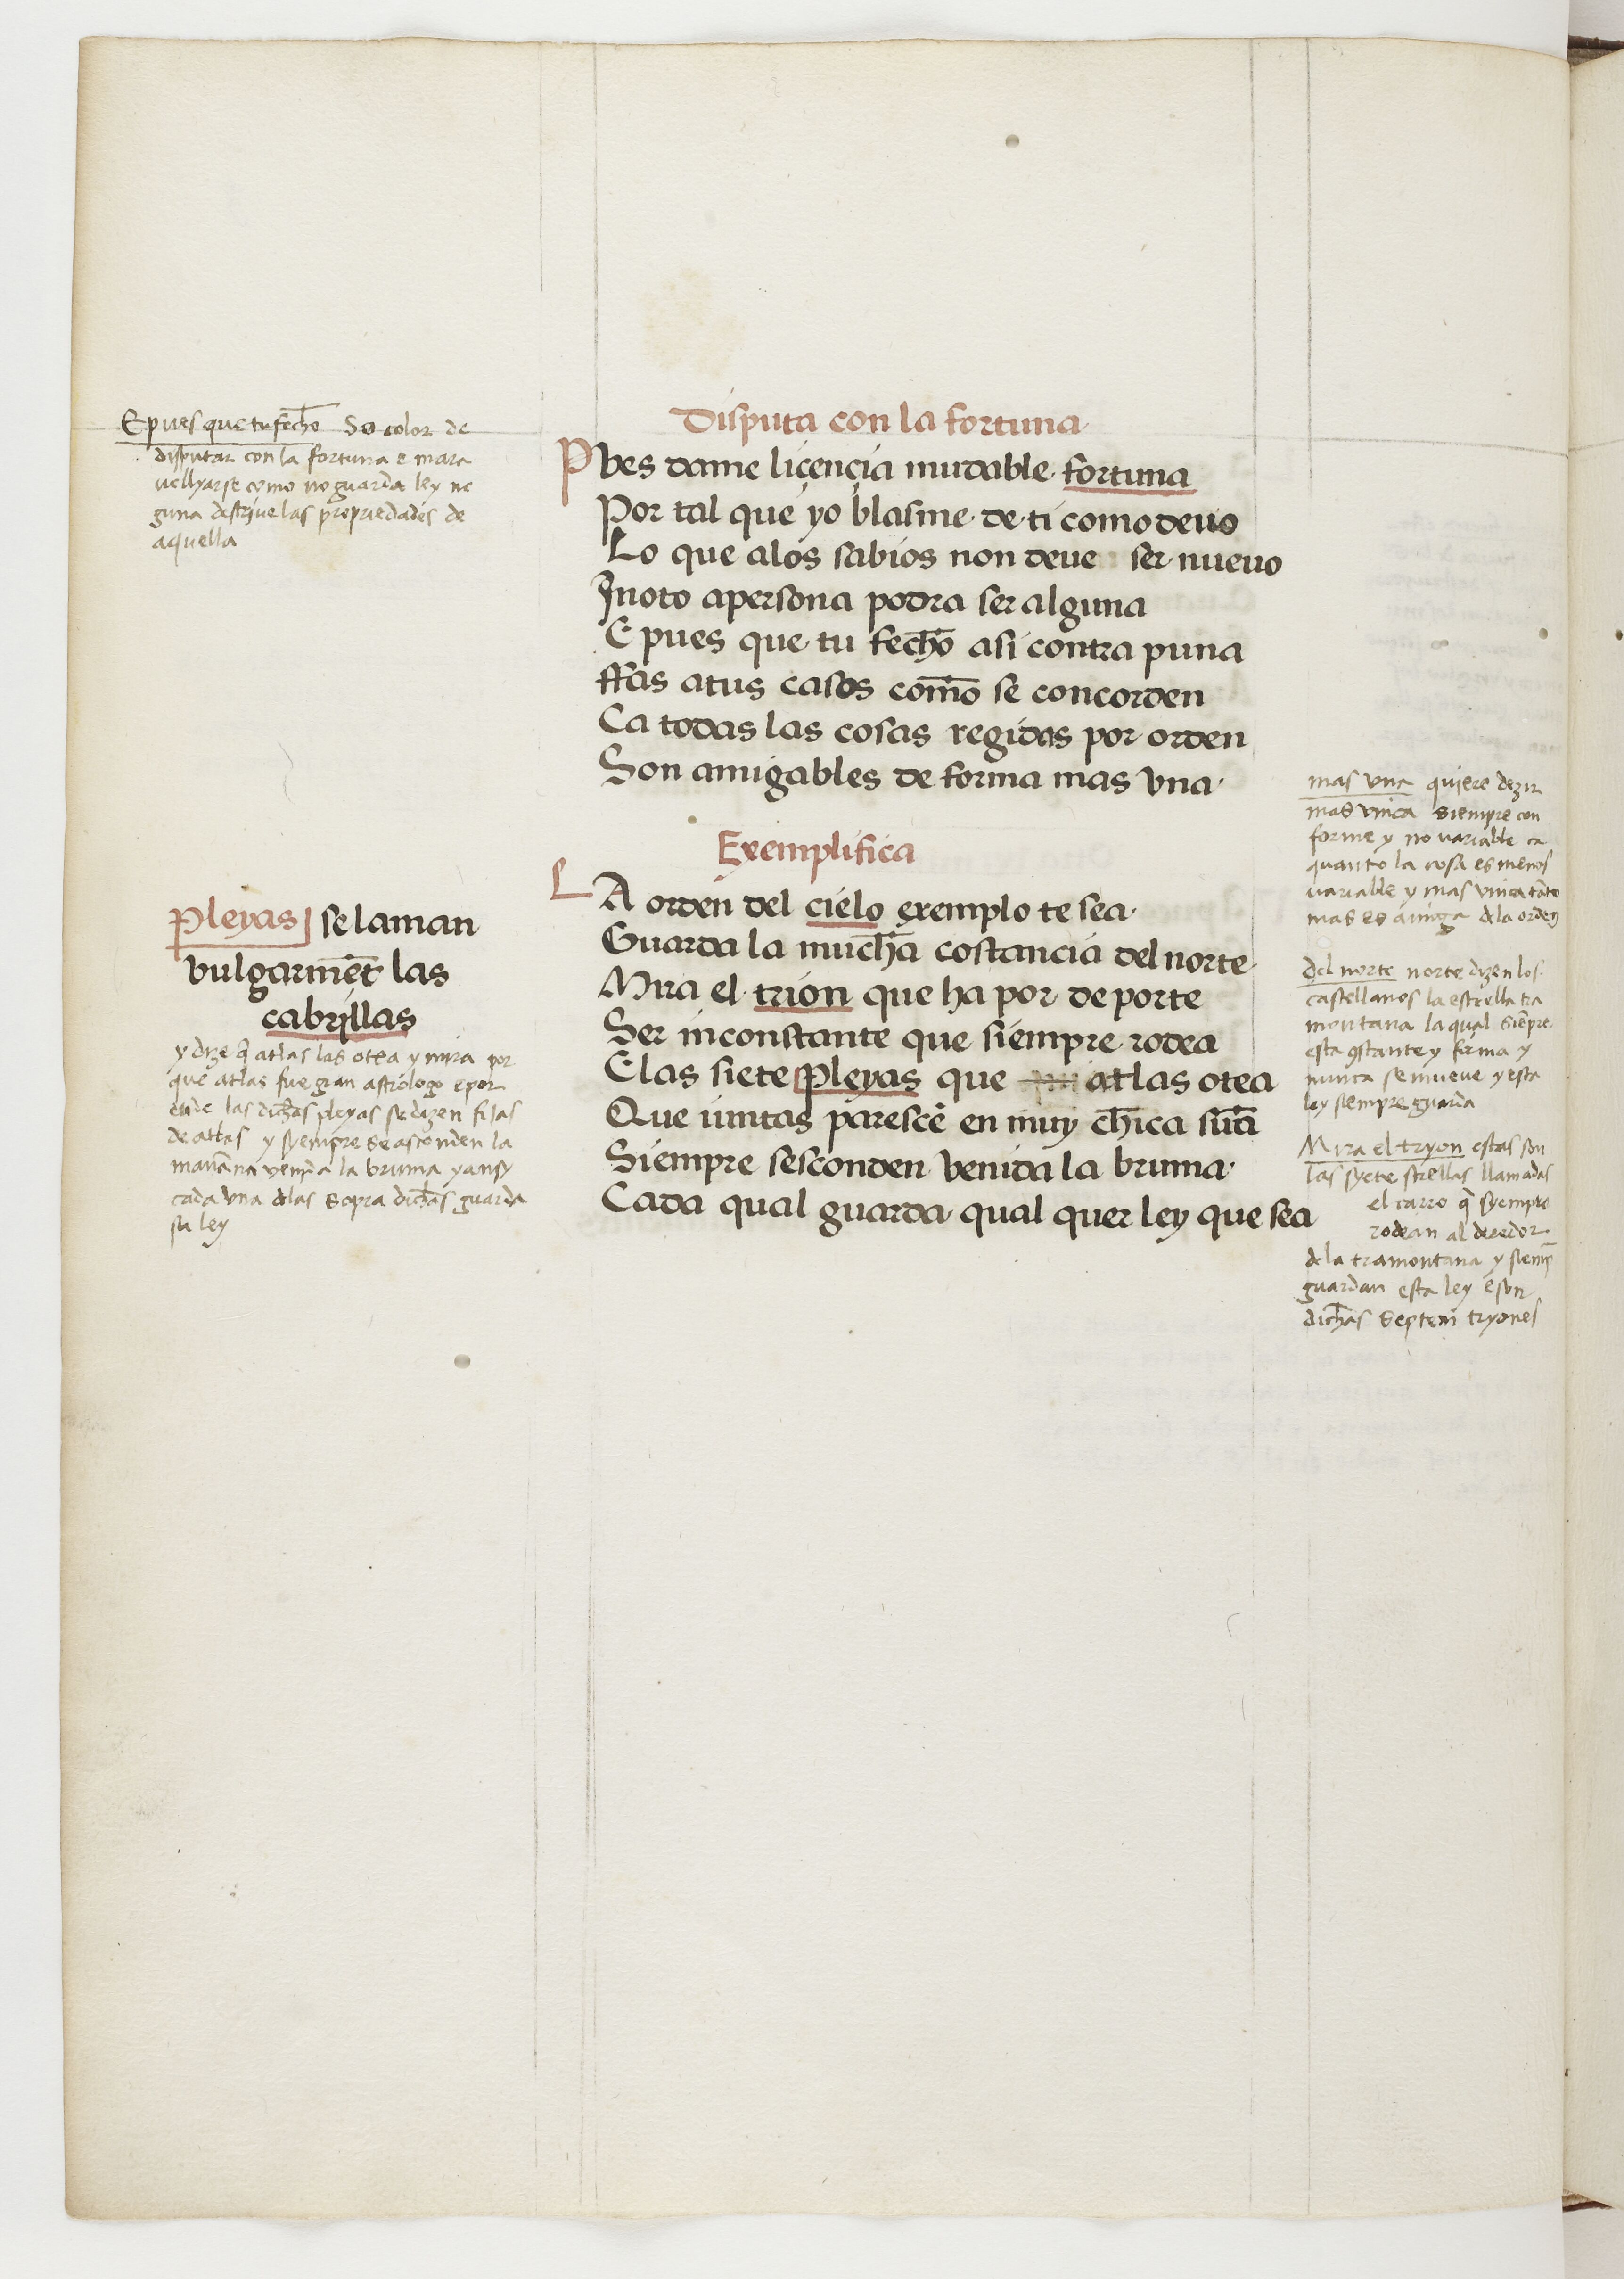
Shelfmark: Paris, BnF, esp. 229
Century: 15